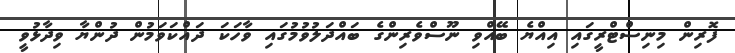
ފޮރިން މިނިސްޓްރީގައި އިއްޔެ ބޭއްވި ނޫސްވެރިންގެ ބައްދަލުވުމުގައި ވާހަކަ ދައްކަވަމުން ދުންޔާ ވިދާޅުވީ